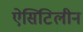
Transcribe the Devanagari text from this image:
ऐसिटिलीन